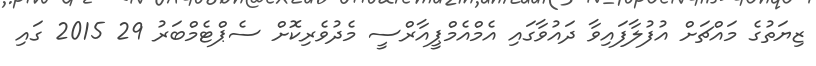
ޒިޔަތުގެ މައްޗަށް އުފުލާފައިވާ ދައުވާގައި އެމްއެމްޕީއާރްސީ މެދުވެރިކޮށް ސެޕްޓެމްބަރު 29 2015 ގައި